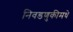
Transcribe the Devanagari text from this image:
निवडणुकीमधे